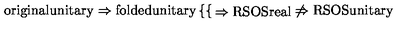
\mathrm { o r i g i n a l u n i t a r y } \Rightarrow \mathrm { f o l d e d u n i t a r y } \left\{ \begin{cases} { \Rightarrow \mathrm { R S O S r e a l } } \\ { \not \Rightarrow \mathrm { R S O S u n i t a r y } } \\ \end{cases} \right.